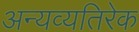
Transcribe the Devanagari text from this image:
अन्यव्यतिरेक